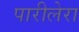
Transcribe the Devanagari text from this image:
पारीलेरा